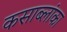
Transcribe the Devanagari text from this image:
कसाब्लांका